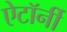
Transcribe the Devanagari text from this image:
ऐटॉर्नी